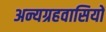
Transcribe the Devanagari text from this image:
अन्यग्रहवासियों